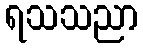
ရသသညာ